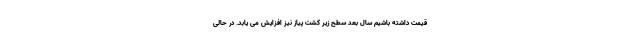
قیمت داشته باشیم سال بعد سطح زیر کشت پیاز نیز افزایش می یابد. در حالی